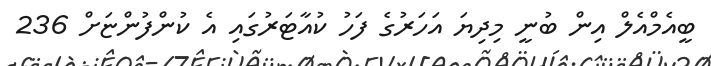
ބީއެމްއެލް އިން ބުނީ މިދިޔަ އަހަރުގެ ފަހު ކުއާޓަރުގައި އެ ކުންފުންޏަށް 236